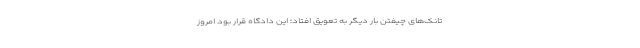
تانک‌های چیفتن بار دیگر به تعویق افتاد؛ این دادگاه قرار بود امروز